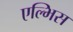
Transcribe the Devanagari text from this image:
एल्भिस